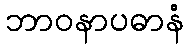
ဘာဝနာပဓာနံ